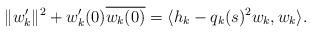
LaTeX: \begin{align*}\|w_k'\|^2+w_k'(0)\overline{w_k(0)}=\langle h_k-q_k(s)^2 w_k,w_k\rangle.\end{align*}